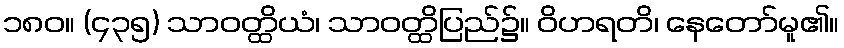
၁၈၀။ (၄၃၅) သာဝတ္ထိယံ၊ သာဝတ္ထိပြည်၌။ ဝိဟရတိ၊ နေတော်မူ၏။